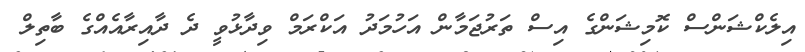
އިލެކްޝަންސް ކޮމިޝަންގެ އިސް ތަރުޖަމާން އަހުމަދު އަކްރަމް ވިދާޅުވީ ދެ ދާއިރާއެއްގެ ބާތިލް